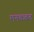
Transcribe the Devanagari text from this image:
मनकबत